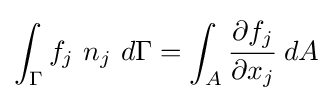
\int _{\Gamma }f_{j}~n_{j}~d\Gamma =\int _{A}{\cfrac {\partial f_{j}}{\partial x_{j}}}~dA